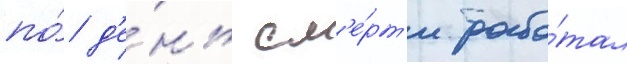
по́ д'е́нь см'е́рт'и рабо́тал